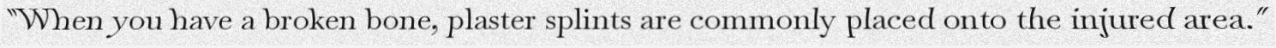
"When you have a broken bone, plaster splints are commonly placed onto the injured area."